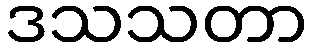
ဒသသတာ